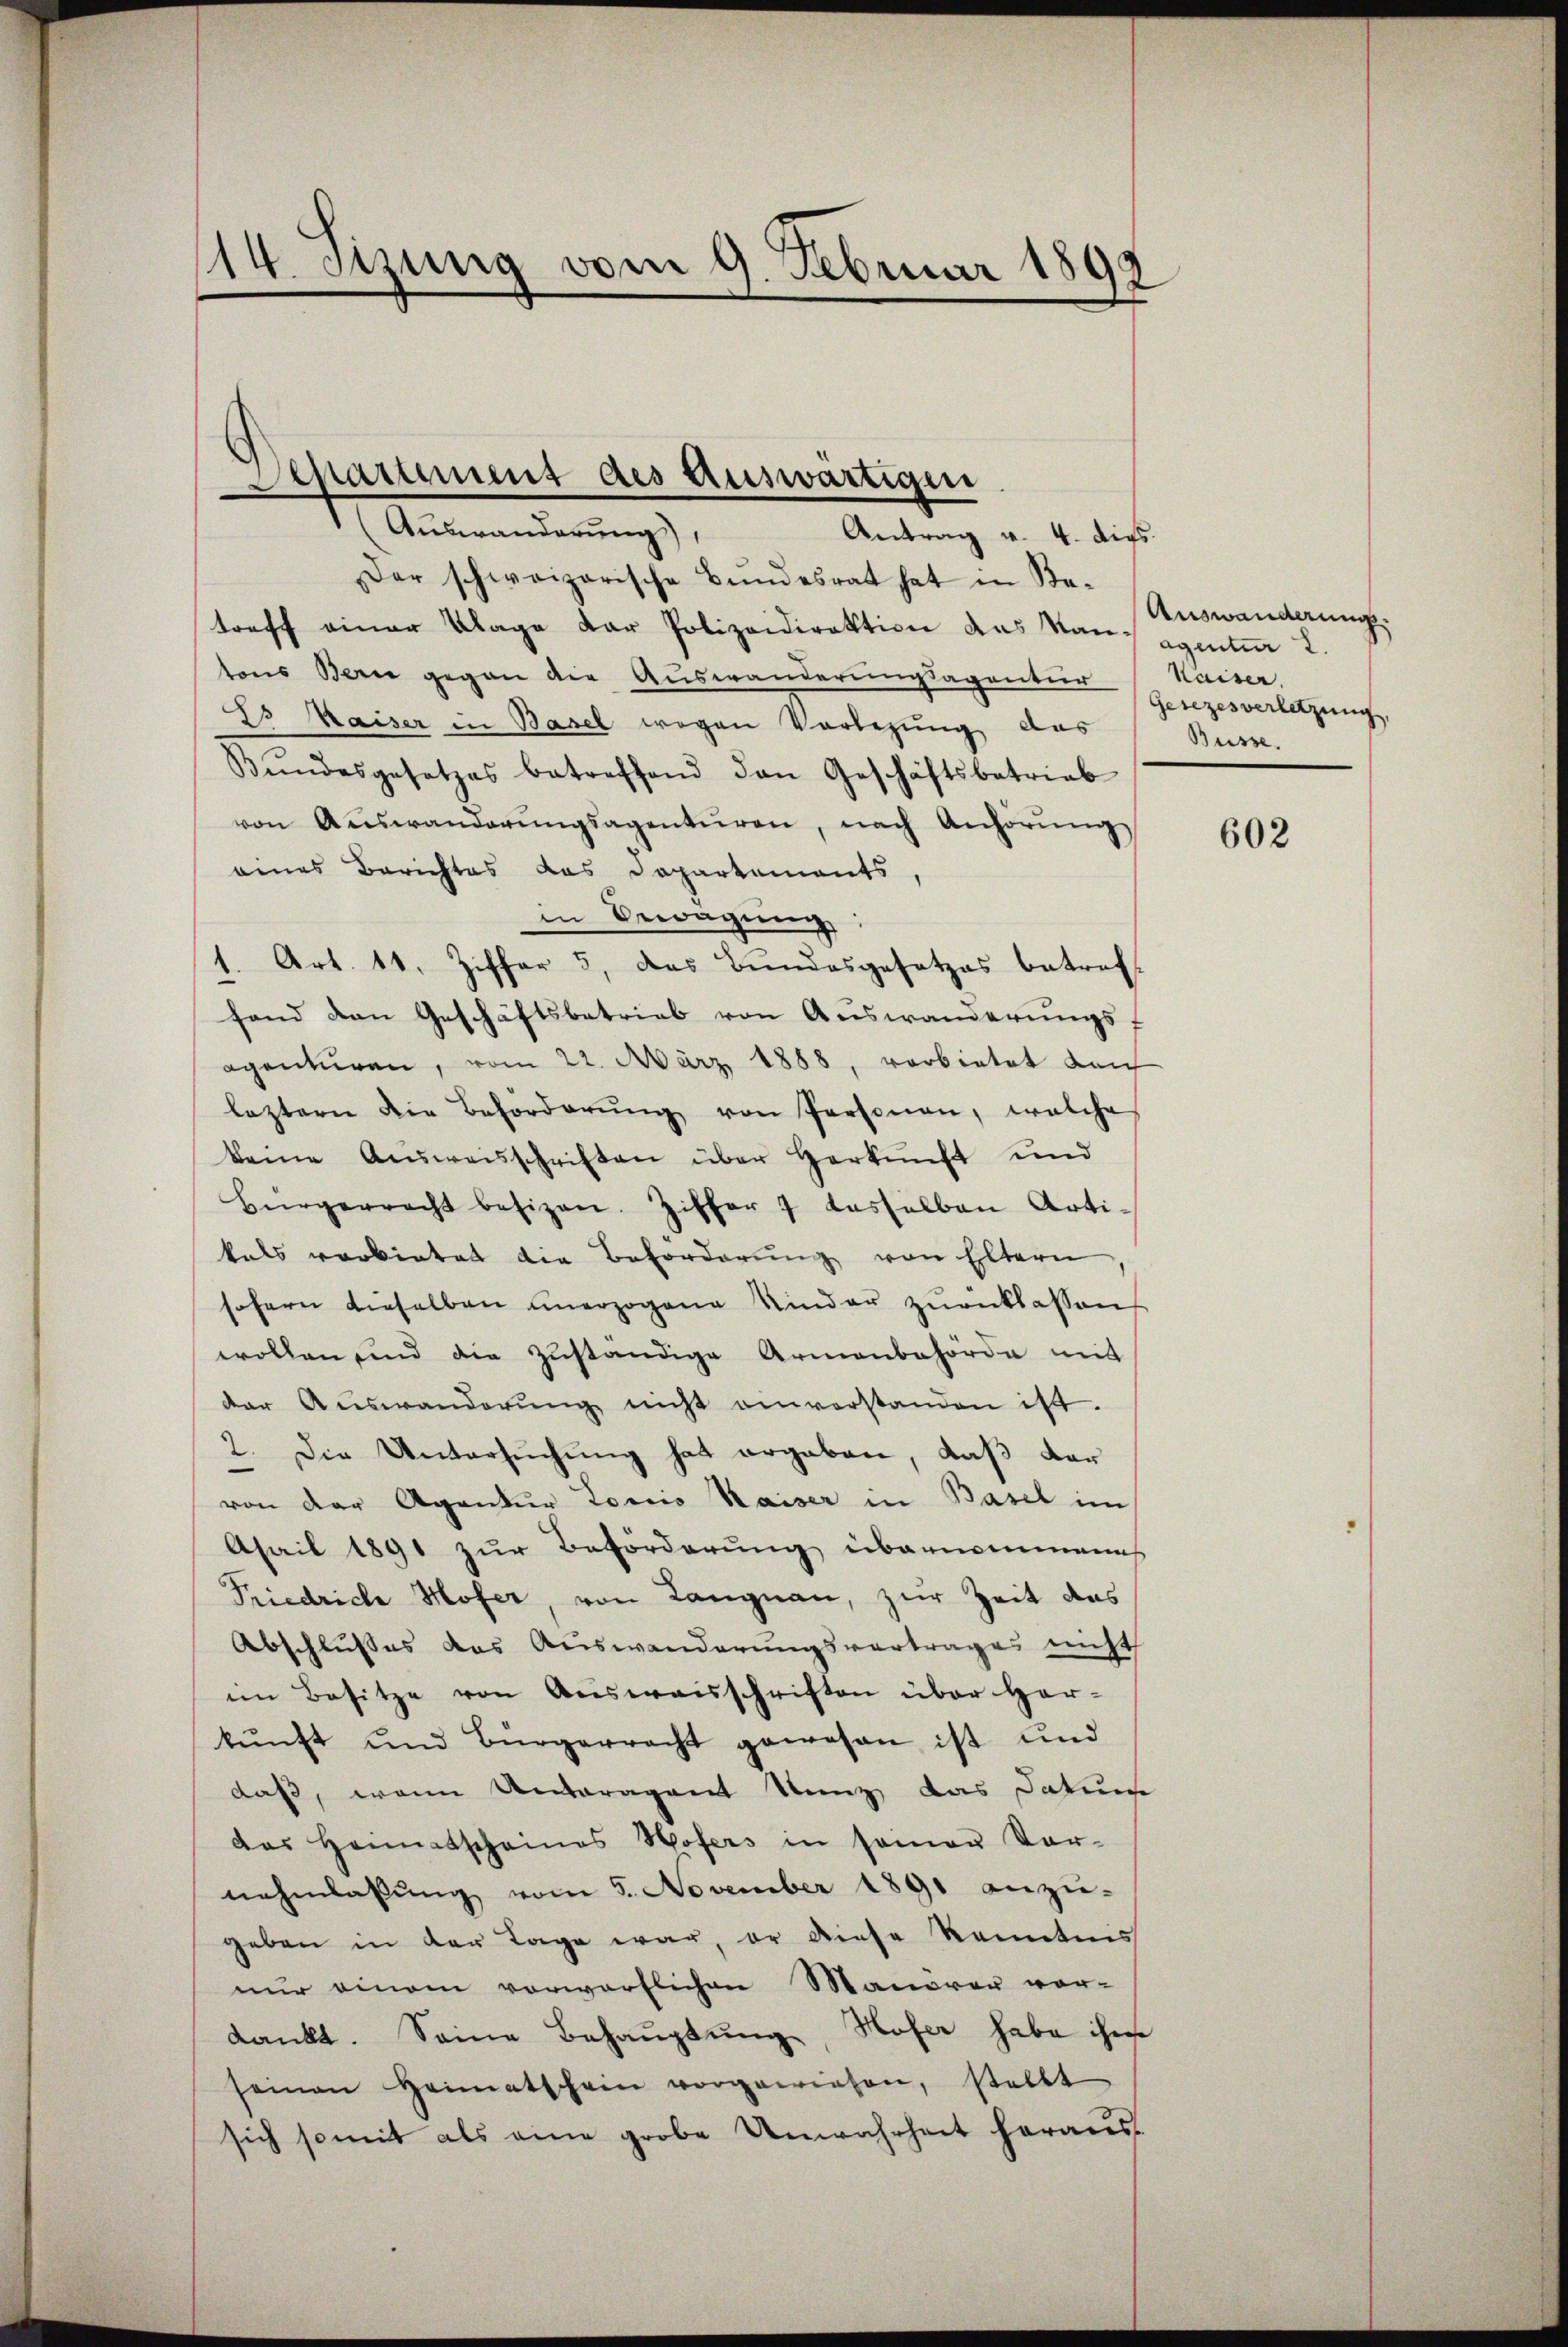
14. Sitzung vom 9. Februar 1899

Departement des Auswärtigen
1 (Auswanderung,
Antrag v. 4. dies

Der schweizerische Bundesrat hat in Be-
treff einer Klage der Polizeidirektion das Man sagentuar 2.
tons Bern gegen die Auswanderungsagentur
Es Maiser in Basel wegen Vorlegung das
Bŭndesgesetzes betreffend den Geschäftsbetrieb
von Auswanderŭngsagenturen, nach Anhörŭng
eines Berichtes das Departements
in Bewegung:
1. Art. 11. Ziffer 5. das Bundesgesetzes betreff
fand den Geschäftsbetrieb von Auswanderungsf
egenturen, vom 22. März 1888, verbietet danch
leztern die Beförderŭng von Personen, welche
keine Ausweisschriften über Herkunft und
Bürgerrecht besizen. Ziffer 7 dasselben Artikals verbietet die Beforderŭng von Eltern
sofern dieselben unerzogene Kinder zŭrücklassen
wollen und die zŭständige Armenbehörde mit
der Aŭswanderŭng nicht anverstanden ist.
2. Die Untersuchung hat ergaben, daß der
von der Agentur Tonis Kaiser in Basel im
Asail 1891 zur Beförderung übernommenh
Friedriche Hofer, von Langnau, zur Zeit das
Abschlusses das Auswanderungsvertrages nicht
im Besitze von Ausweisschriften über Herkŭnft und Bürgerrecht gewesen ist und
daß, wenn Unteragent Kunz das Datum
das Heimatscheines Hofers in seiner Vor-
nehmlassŭng vom 5. November 1891 anzu-
geben in der Tage war, er diese Kenntnis
nur einem vorwortlichen Manörer vor-
dankt. Seine Behauptung, Hofer habe ihre
seinen Heimatschein vorgewiesen, stellt
sich somit als eine grobe Unwahrheit heraus¬

Auswanderung.
Kaiser.
Gesezesverletzung,
Büsse.

602